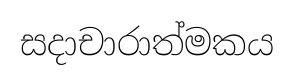
සදාචාරාත්මකය